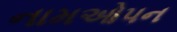
નામઓપન